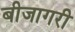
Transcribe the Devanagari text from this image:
बीजागरी